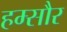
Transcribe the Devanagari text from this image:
हम्सौर